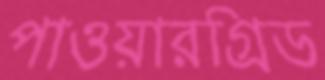
পাওয়ারগ্রিড